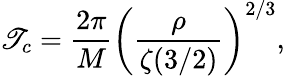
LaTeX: \mathscr{T}_{c}={\frac{{2\pi}}{{M}}}\left({\frac{{\rho}}{{\zeta(3/2)}}}\right)^{2/3},